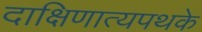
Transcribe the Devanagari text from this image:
दाक्षिणात्यपथके